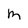
Character: M